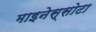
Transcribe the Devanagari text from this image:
माइनेस्सोटा